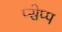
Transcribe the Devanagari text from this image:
प्सेप्प